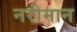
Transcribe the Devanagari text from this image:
नरीमान